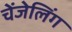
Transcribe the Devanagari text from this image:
चेंजेलिंग